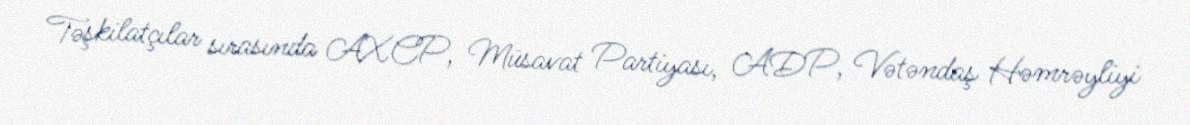
Təşkilatçılar sırasında AXCP, Müsavat Partiyası, ADP, Vətəndaş Həmrəyliyi